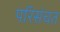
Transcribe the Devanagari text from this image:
परिसंचत